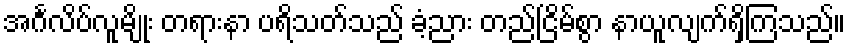
အင်္ဂလိပ်လူမျိုး တရားနာ ပရိသတ်သည် ခံ့ညား တည်ငြိမ်စွာ နာယူလျက်ရှိကြသည်။